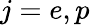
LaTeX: j=e,p